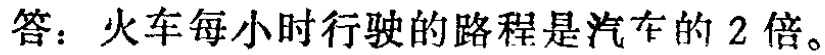
答：火车每小时行驶的路程是汽车的 2 倍。